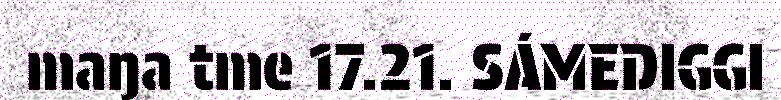
maŋa tme 17.21. SÁMEDIGGI